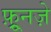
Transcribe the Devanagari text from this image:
फ़्रूनज़े